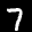
Label: 7